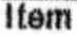
ITEM